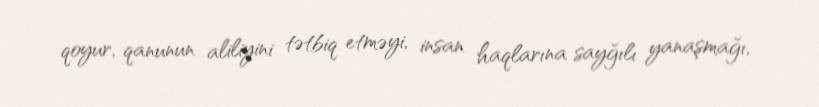
qoyur, qanunun aliliyini tətbiq etməyi, insan haqlarına sayğılı yanaşmağı,